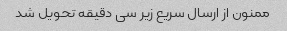
ممنون از ارسال سریع زیر سی دقیقه تحویل شد